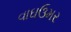
વાઘઉમર